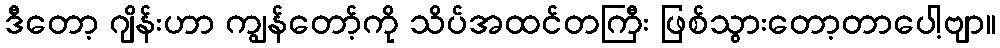
ဒီတော့ ဂျိန်းဟာ ကျွန်တော့်ကို သိပ်အထင်တကြီး ဖြစ်သွားတော့တာပေါ့ဗျာ။